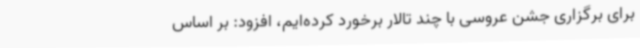
برای برگزاری جشن عروسی با چند تالار برخورد کرده‌ایم، افزود: بر اساس